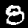
Digit: 8